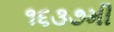
૧૬૩૭મી